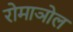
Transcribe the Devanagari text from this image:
रोमाञोल